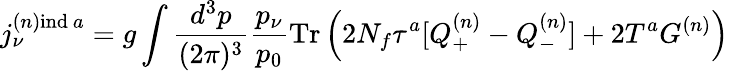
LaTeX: j_{\nu}^{(n)\mathrm{ind}\ a}=g\int{\frac{d^{3}p}{(2\pi)^{3}}}{\frac{p_{\nu}}{p_{0}}}\mathrm{Tr}\left(2N_{f}\tau^{a}[Q_{+}^{(n)}-Q_{-}^{(n)}]+2T^{a}G^{(n)}\right)